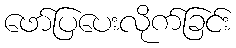
ဖော်ပြပေးလိုက်ခြင်း